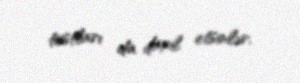
tostları da daxil etsinlər.